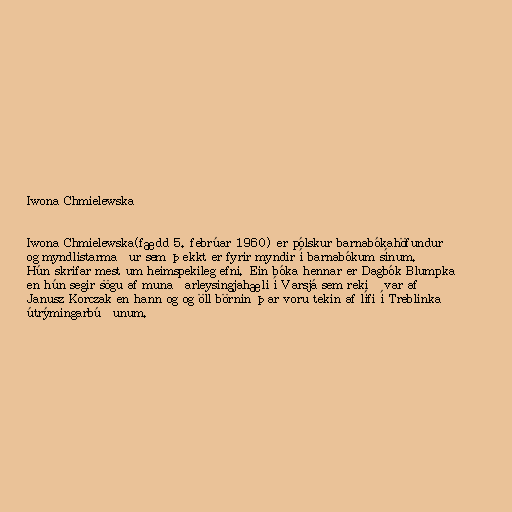
Iwona Chmielewska

Iwona Chmielewska(fædd 5. febrúar 1960) er pólskur barnabókahöfundur
og myndlistarmaður sem þekkt er fyrir myndir í barnabókum sínum.
Hún skrifar mest um heimspekileg efni. Ein bóka hennar er Dagbók Blumpka
en hún segir sögu af munaðarleysingjahæli í Varsjá sem rekið var af
Janusz Korczak en hann og og öll börnin þar voru tekin af lífi í Treblinka
útrýmingarbúðunum.